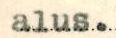
alus.